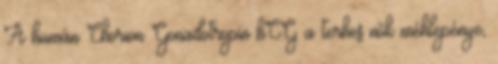
A humán Chorion Gonadotropin hCG a terhes nők méhlepénye,